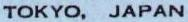
TOKYO, JAPAN